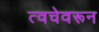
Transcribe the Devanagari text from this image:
त्वचेवरून